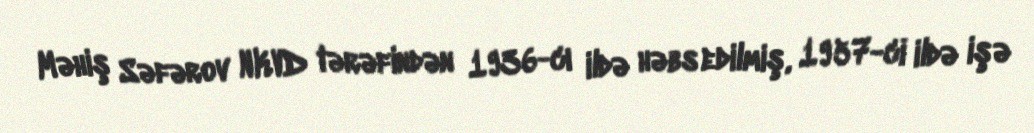
Məhiş Səfərov NKVD tərəfindən 1936-cı ildə həbs edilmiş, 1957-ci ildə işə